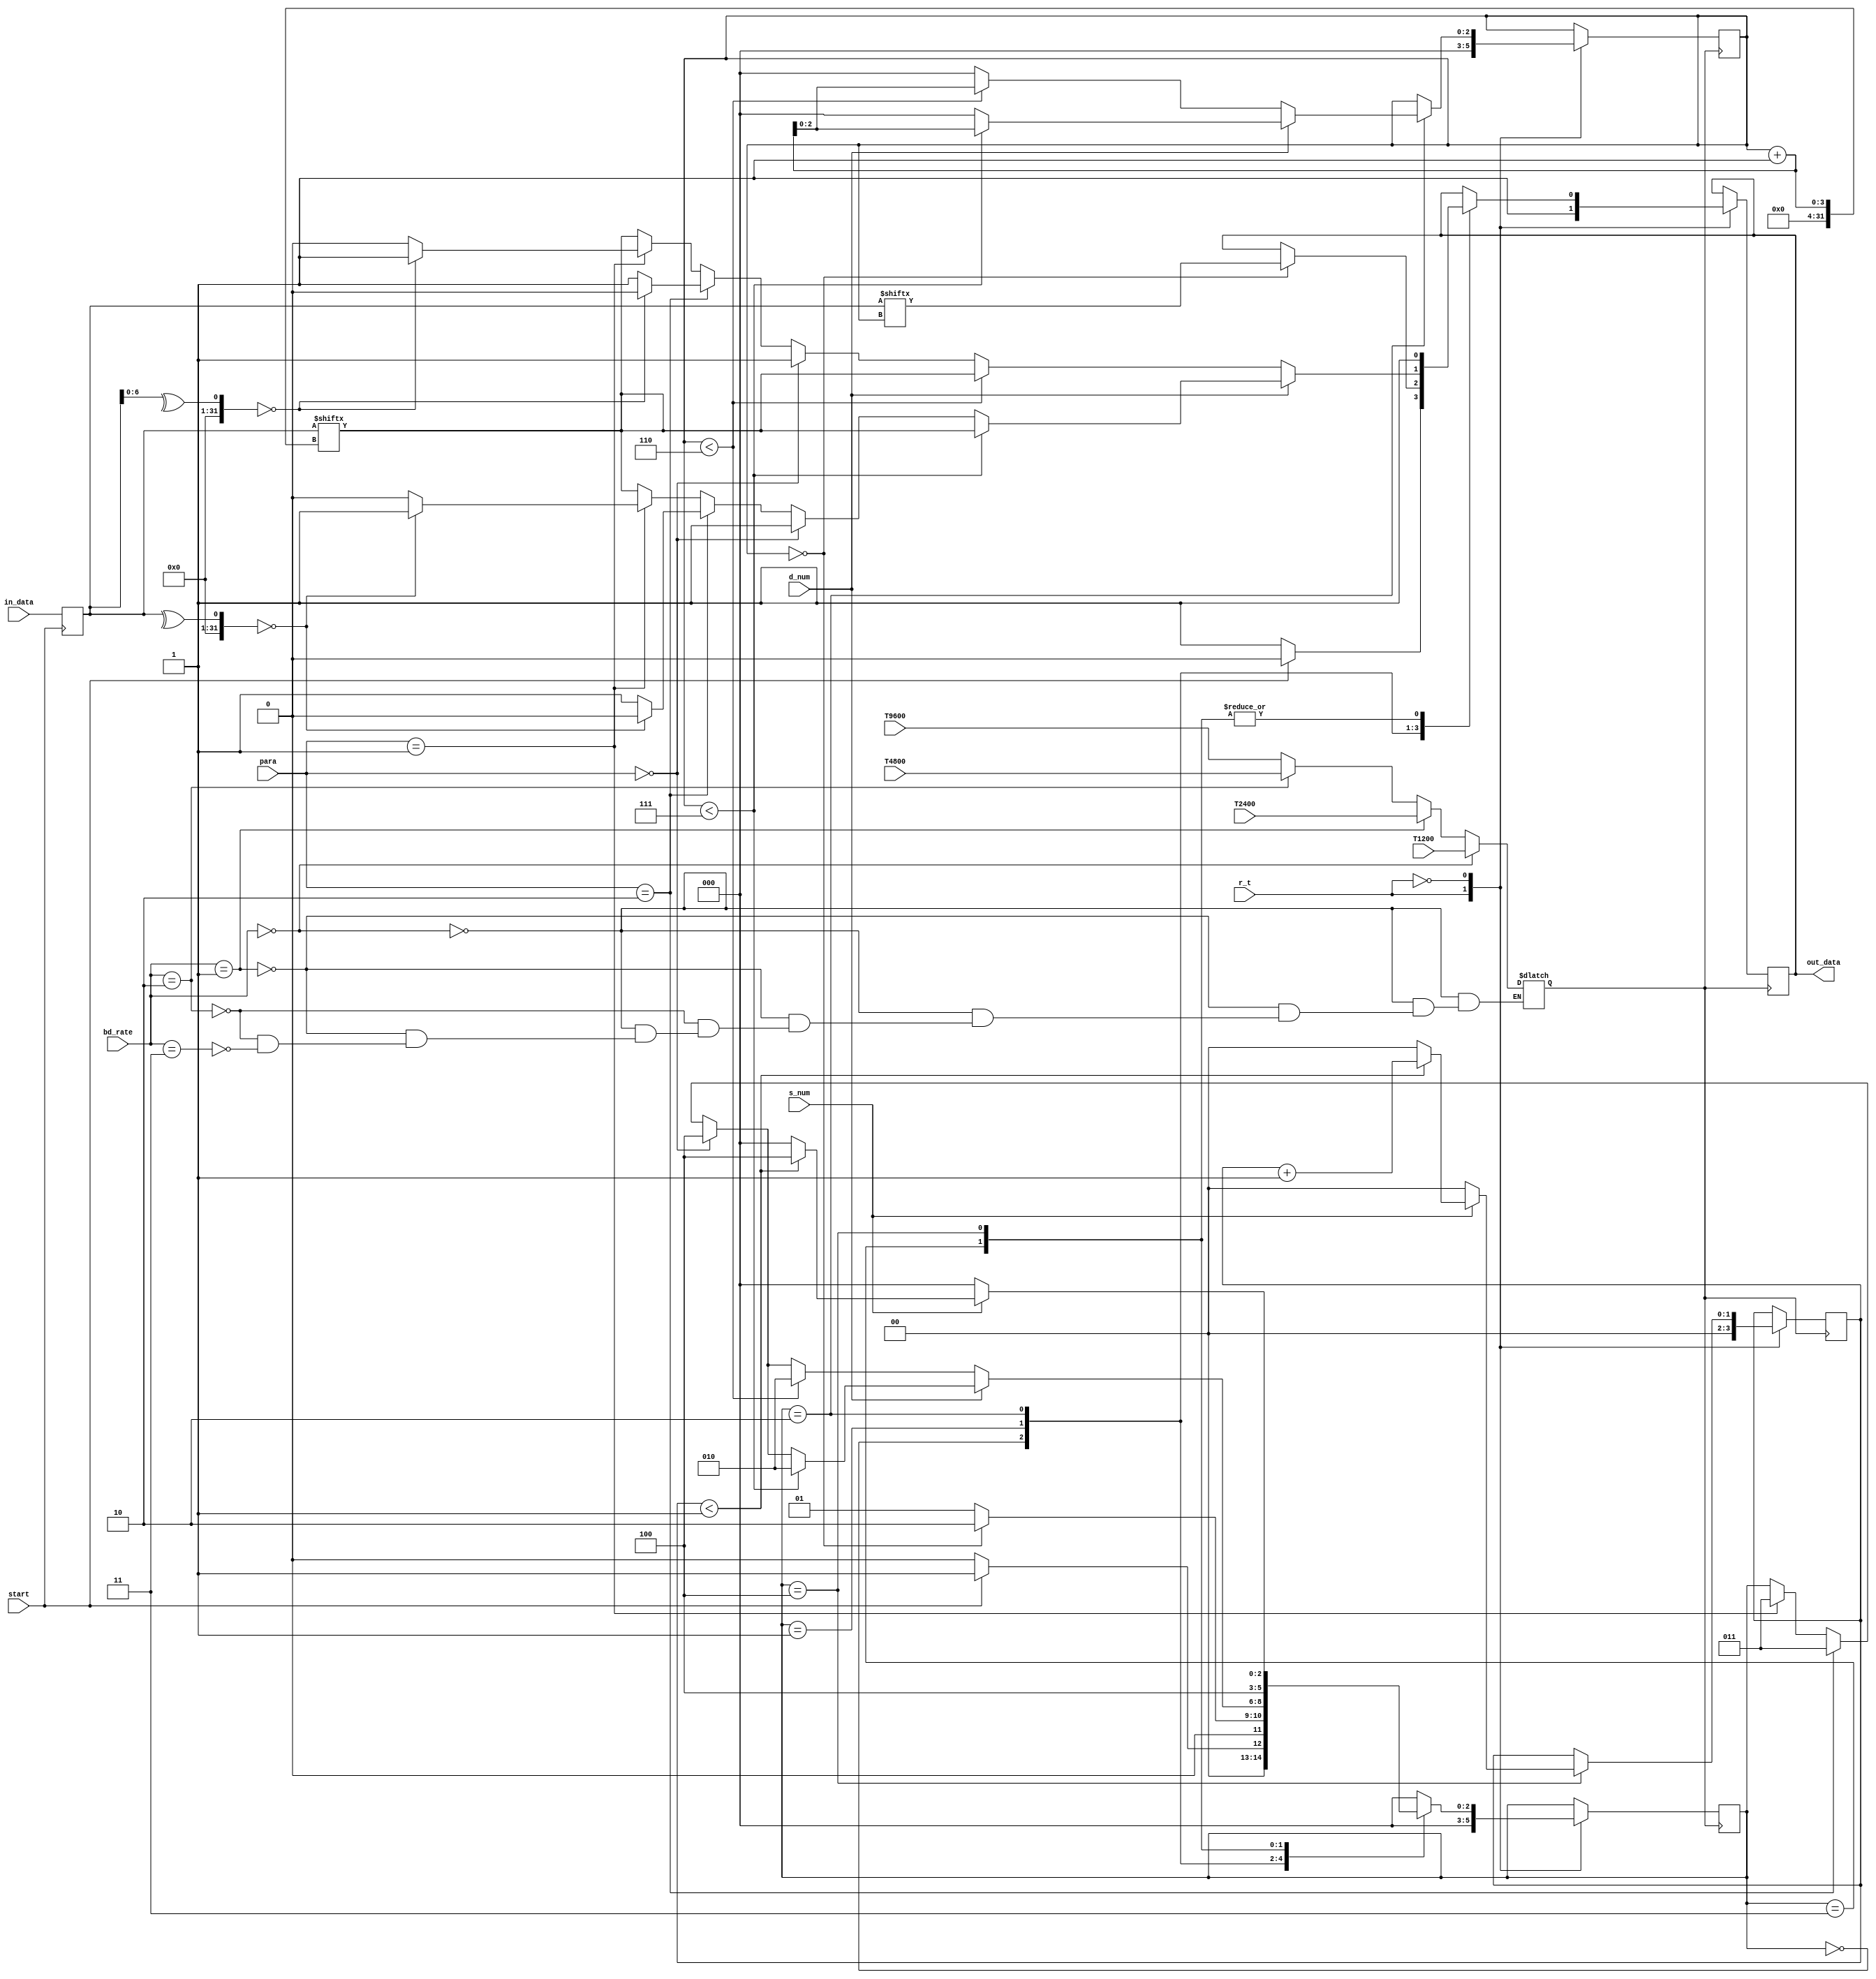
module Tx (r_t, in_data, out_data, para, s_num, d_num, bd_rate, T1200, T2400, T4800, T9600, start);
  
  parameter s=1,d=7,s_idle=0,s_start=1,s_data=2,s_parity=3,s_stop=4; //sates for the fsm diagram 
  
  input r_t;
  input [1:0] bd_rate;   // selector for different clocks
  input s_num,d_num;     //selector for stop and data width
  input [1:0] para;      //selector for the parity check
  input [d:0] in_data;   //data received from sensor
  input T1200,T2400,T4800,T9600;  
  input start;       //signal that indicate the begining of the received data each "15 min"  
               
  output reg  out_data;     //serial data shifted to the receiver in UART
  
  reg clk_t; 
  reg [d:0] data;        // data holding for parity check
  reg [2:0] M_ST;              //the main state 
  reg [2:0] data_count;        //counting each data shifted to the receiver
  reg [1:0] stop_count;        //counting each stop bit shifted in serial
  
  
  
  // begin by choosing the rate of the clock
  always@* begin//1
    if(bd_rate==0)
      clk_t =T1200;
    else if(bd_rate==1)
      clk_t =T2400;
    else if(bd_rate==2)
      clk_t =T4800;
    else if(bd_rate==3)
      clk_t =T9600;
  end//always1

 //holding the input data for parity check     
always @ (posedge start)begin//2
data=in_data;
end//always2
  
always @(posedge clk_t) begin //3
  case(r_t) 
    1:begin         // a reset at the begining of the system should be done
      M_ST<=s_idle;
      data_count<=0;
      stop_count<=0;
      out_data<=1;
      end//case:1
    0:begin        // begin the fsm
    
    
      case(M_ST)               
        s_idle:begin
          out_data<=1;      // always "idle=1"
          if(start==0)
            M_ST<=s_idle;  //no data arrived yet from the sensor
          else begin
            M_ST<=s_start;  //data arrived ,start the system
            out_data<=0;
          end//else
        end//case:s_idle
        s_start: begin
          if(data_count==0) begin  //waiting for one clock cycle then going to the next state "stand by"
            M_ST<=s_data;
            out_data<=data[data_count];    // first data shifted by the sensor
          end//if
          else
            M_ST<=s_start;
        end//case:s_start
        s_data: begin
          out_data<=data[data_count+1];    //shifting data
          if (d_num==1) begin              //in case of 8 bits data
            if(data_count<7) begin
              data_count<=data_count+1;
              M_ST<=s_data;
            end//if
            else begin
              data_count<=0;
              if(para==2'b00) begin        //checking if the parity check is working or not
                out_data<=1;
                M_ST<=s_stop;         //if not then go to the last state "stop"
              end//if
              else begin
                if (para==2'b10)begin                   // even parity
                  if(^data==0)begin              
                    out_data<=0;                // if the number of ones is even
                    M_ST<=s_parity;
                  end//if
                  else begin
                    out_data<=1;                 // if the number of ones is odd
                    M_ST<=s_parity;
                  end//else
                end//else
                else if(para==2'b01)begin             // odd parity
                  if(^data==0)begin
                    out_data<=1;                  // if the number of ones is even
                    M_ST<=s_parity;
                  end//if
                  else begin
                    out_data<=0;                  // if the number of ones is odd
                    M_ST<=s_parity;
                  end//else
                end//else
            end//else 
          end//if
        end//if
        else begin                             // in case of 7 bits data
          if(data_count<6)begin
            data_count<=data_count+1;
            M_ST<=s_data;
          end//if
          else begin
            data_count<=0;
            if(para==2'b00)begin        //checking if the parity check is working or not
              out_data<=1;
              M_ST<=s_stop;        //if not then go to the last state "stop" 
            end//if
            else begin
              if (para==2'b10)begin                  // even parity
                if(^data[6:0]==0)begin
                  out_data<=0;                // if the number of ones is even
                  M_ST<=s_parity;
                end//if                
                else begin
                  out_data<=1;                // if the number of ones is odd
                  M_ST<=s_parity;
                end//else              
              end//if
              else if(para==2'b01)begin          // odd parit
                if(^data[6:0]==0)begin
                  out_data<=1;                // if the number of ones is even
                  M_ST<=s_parity;
                end//if
                else begin
                  out_data<=0;                // if the number of ones is odd
                  M_ST<=s_parity;
                end//else
              end//elseif
            end//else        
          end//else
        end//else       
    end//case:s_data
    s_parity:begin           //leave the signal for one clock cycle
              M_ST<=s_stop;
              out_data<=1;
    end//case:s_parity
    s_stop: begin       //final state "stop"
      out_data<=1;
      if(s_num)begin     //in case of 2 bits
        if(stop_count<1)begin
          out_data<=1;
          stop_count<=stop_count+1;
          M_ST<=s_stop;
        end//if
        else begin
          stop_count<=0;
          out_data<=1;
          M_ST<=s_idle;
        end//else
      end//if        
      else begin                //in case of 1 bit
        out_data<=1;
        stop_count<=0;
        M_ST<=s_idle;       //going back to the "idle state" for waiting the next input data from sensor
      end//else
    end//case:s_stop
    default:M_ST<=s_idle;  // default in case of any error (going back to idle state)       
    endcase//case:M_st
    end//CASE:0:r_t
    endcase//case:r_t
  end//always3
endmodule